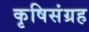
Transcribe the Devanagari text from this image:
कृषिसंग्रह